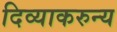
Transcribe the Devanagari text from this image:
दिव्याकरुन्य